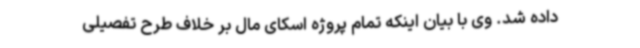
داده شد. وی با بیان اینکه تمام پروژه اسکای مال بر خلاف طرح تفصیلی